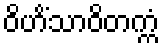
ဝိဟိံသာဝိတက္ကံ